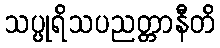
သပ္ပုရိသပညတ္တာနီတိ